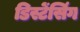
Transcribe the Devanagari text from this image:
डिस्टेंसिंग